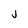
Character: j